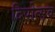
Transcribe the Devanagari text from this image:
दिपोत्सव